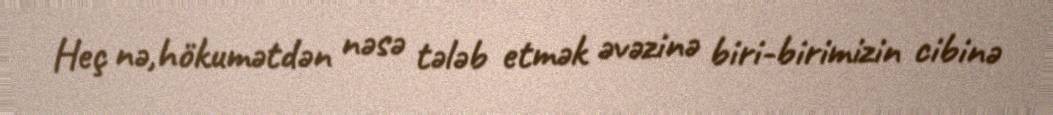
Heç nə,hökumətdən nəsə tələb etmək əvəzinə biri-birimizin cibinə